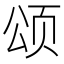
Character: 颂